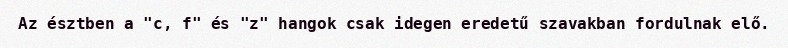
Az észtben a "c, f" és "z" hangok csak idegen eredetű szavakban fordulnak elő.